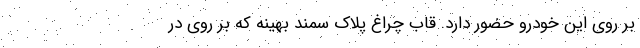
بر روی این خودرو حضور دارد. قاب چراغ پلاک سمند بهینه که بر روی درِ